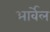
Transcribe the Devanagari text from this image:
आर्वेल